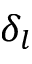
\delta _ { l }